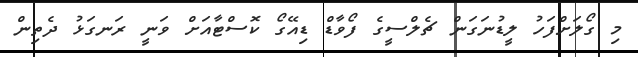
މި ގޯލަށްފަހު ލީޑުނަގަން ޗެލްސީގެ ފޯވާޑް ޑިއޭގޯ ކޮސްޓާއަށް ވަނީ ރަނގަޅު ދެތިން